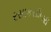
રસાકસીભરી